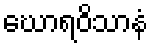
ဃောရဝိသာနံ